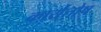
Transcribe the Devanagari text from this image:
कार्यतोष